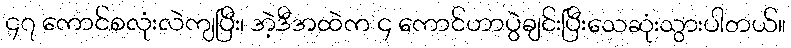
၄၇ ကောင်စလုံးလဲကျပြီး၊ အဲ့ဒီအထဲက ၄ ကောင်ဟာပွဲချင်းပြီးသေဆုံးသွားပါတယ်။